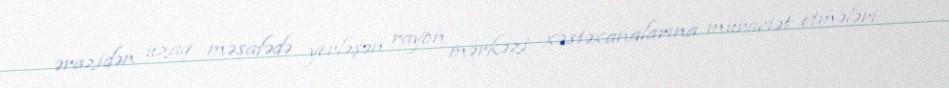
ərazidən uzaq məsafədə yerləşən rayon mərkəzi xəstəxanalarına müraciət etmələri